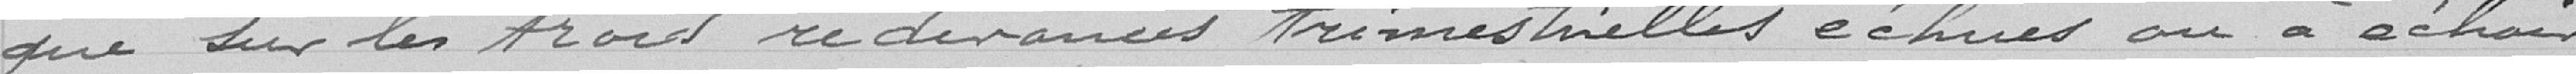
que sur les trois redevances trimestrielles échues ou à échoir